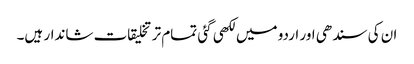
ان کی سندھی اور اردو میں لکھی گئی تمام تر تخلیقات شاندار ہیں۔